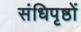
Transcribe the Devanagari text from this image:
संधिपृष्ठों